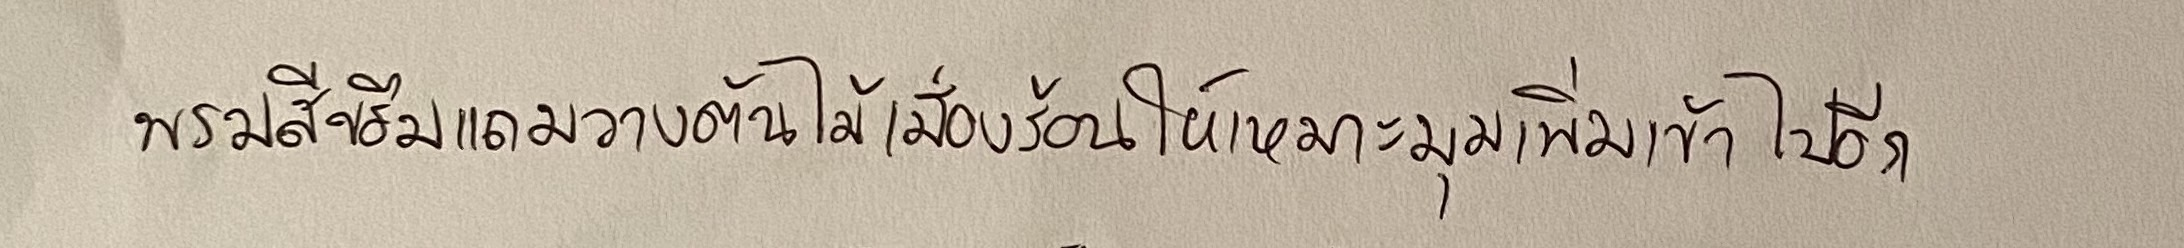
พรมสีขรึมแถมวางต้นไม้เมืองร้อนให้เหมาะมุมเพิ่มเข้าไปอีก